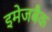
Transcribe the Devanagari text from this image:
इमेजबैक